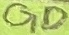
Text: GD